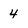
Character: 4